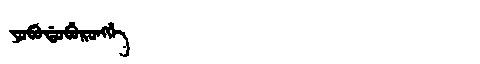
Manchu: ᠶᠣᠪᠣᡩᠣᠪᡠᡵᠣᠩᡤᡝ
Romanization: YOBODOBURONGGE